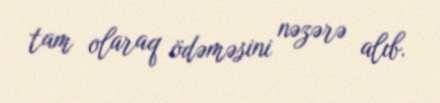
tam olaraq ödəməsini nəzərə alıb.